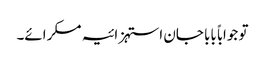
تو جواباً بابا جان استہزائیہ مسکرائے۔